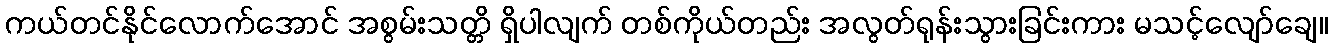
ကယ်တင်နိုင်လောက်အောင် အစွမ်းသတ္တိ ရှိပါလျက် တစ်ကိုယ်တည်း အလွတ်ရုန်းသွားခြင်းကား မသင့်လျော်ချေ။